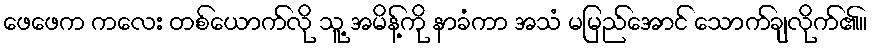
ဖေဖေက ကလေး တစ်ယောက်လို သူ့ အမိန့်ကို နာခံကာ အသံ မမြည်အောင် သောက်ချလိုက်၏။